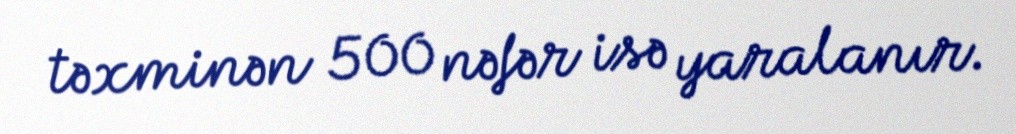
təxminən 500 nəfər isə yaralanır.